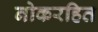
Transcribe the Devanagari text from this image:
नोकरहित